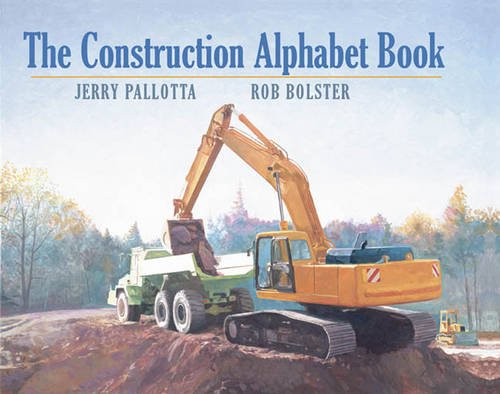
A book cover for The Construction Alphabet Book; Jerry Pallotta; Children's Books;